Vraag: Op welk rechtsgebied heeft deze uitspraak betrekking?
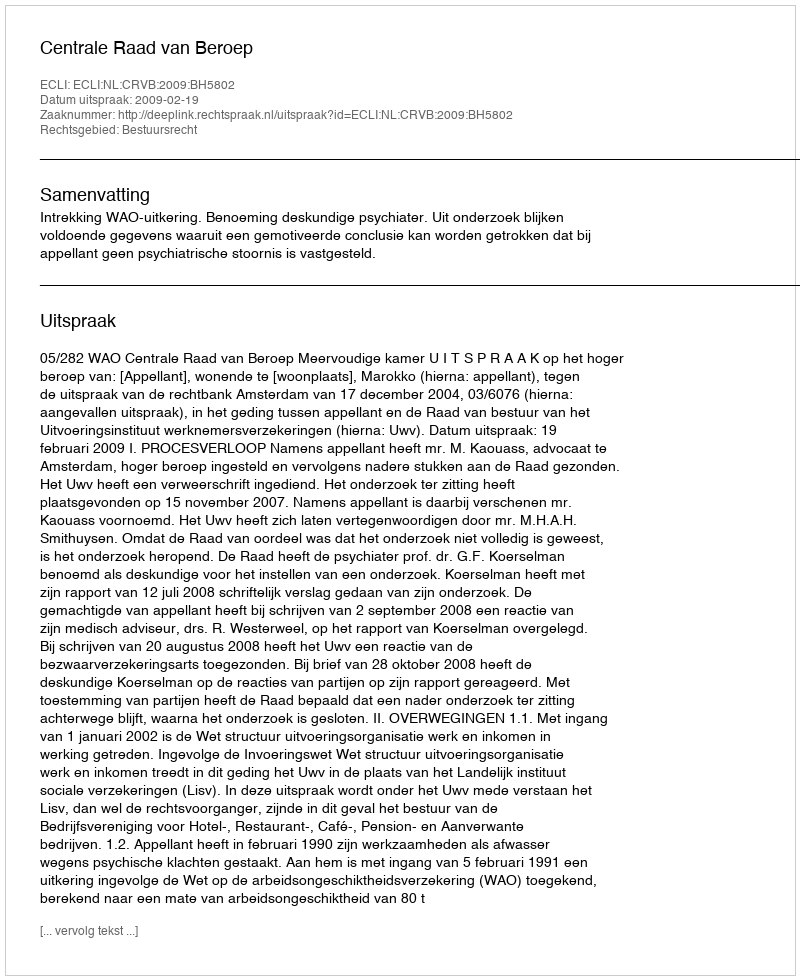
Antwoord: Bestuursrecht